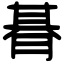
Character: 朞